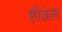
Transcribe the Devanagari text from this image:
होऊल